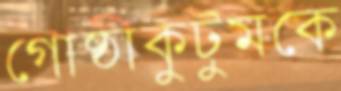
গোষ্ঠীকুটুমকে